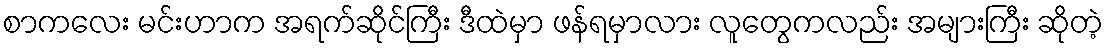
စာကလေး မင်းဟာက အရက်ဆိုင်ကြီး ဒီထဲမှာ ဖန်ရမှာလား လူတွေကလည်း အများကြီး ဆိုတဲ့